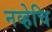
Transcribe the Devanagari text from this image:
नव्हेचि